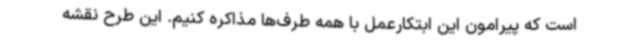
است که پیرامون این ابتکارعمل با همه طرف‌ها مذاکره کنیم. این طرح نقشه